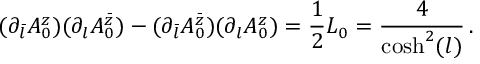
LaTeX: ( \partial _ { \bar { l } } A _ { 0 } ^ { z } ) ( \partial _ { l } A _ { 0 } ^ { \bar { z } } ) - ( \partial _ { \bar { l } } A _ { 0 } ^ { \bar { z } } ) ( \partial _ { l } A _ { 0 } ^ { z } ) = \frac { 1 } { 2 } { \cal L } _ { 0 } = \frac { 4 } { \cosh ^ { 2 } ( l ) } \, .